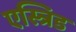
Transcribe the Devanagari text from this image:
एस्त्रिड